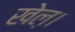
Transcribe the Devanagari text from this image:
खेल़।